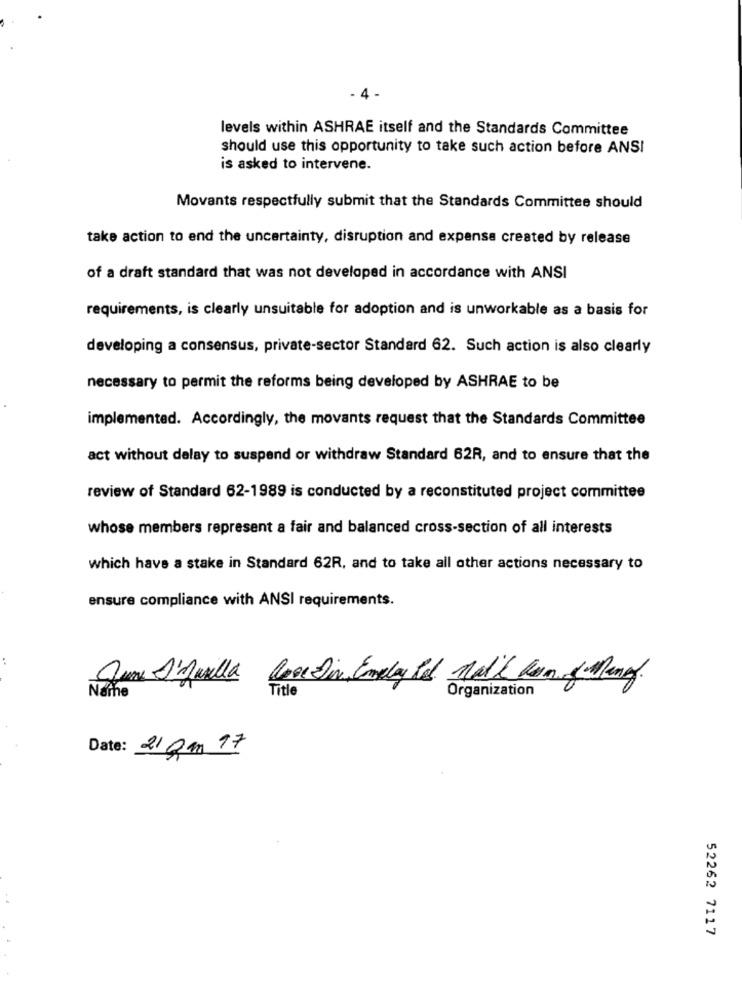
- 4 -
levels within ASHRAE itself and the Standards Committee
should use this opportunity to take such action before ANSI
is asked to intervene.
Movants respectfully submit that the Standards Committee should
take action to end the uncertainty, disruption and expense created by release
of a draft standard that was not developed in accordance with ANSI
requirements, is clearly unsuitable for adoption and is unworkable as a basis for
developing a consensus, private-sector Standard 62. Such action is also clearly
necessary to permit the reforms being developed by ASHRAE to be
implemented. Accordingly, the movants request that the Standards Committee
act without delay to suspend or withdraw Standard 62R, and to ensure that the
review of Standard 62-1989 is conducted by a reconstituted project committee
whose members represent a fair and balanced cross-section of all interests
which have a stake in Standard 62R, and to take all other actions necessary to
ensure compliance with ANSI requirements.
Name
Title
Organization
Date: 21 pm 17
52262 7117